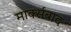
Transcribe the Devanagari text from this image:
मार्क्सबाद